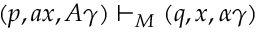
( p , a x , A \gamma ) \vdash _ { M } ( q , x , \alpha \gamma )